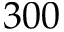
3 0 0